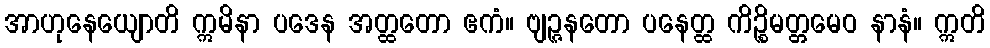
အာဟုနေယျောတိ ဣမိနာ ပဒေန အတ္ထတော ဧကံ။ ဗျဉ္ဇနတော ပနေတ္ထ ကိဉ္စိမတ္တမေဝ နာနံ။ ဣတိ